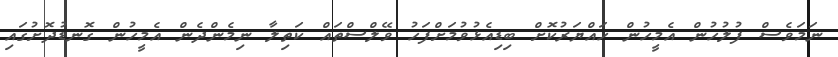
ނަމަވެސް ފުލުހުން އެމީހުން ހައްޔަރުކޮށް ބިޑިއެޅުވުމަށްފަހު ވޭލްސްތައް ކަތިލާ ނިމެންދެން އެމީހުން ގޮނޑުދޮށުގައި